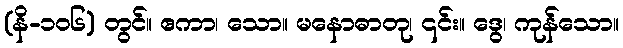
(နိ-၁၀၆) တွင်။ ဧကာ၊ သော။ မနောဓာတု၊ ၎င်း။ ဒွေ၊ ကုန်သော။